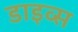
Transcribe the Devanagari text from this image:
डाइव्स